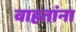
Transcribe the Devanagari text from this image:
वाहतांना